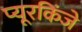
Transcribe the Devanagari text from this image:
प्यूरकिंजे